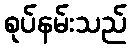
စုပ်နမ်းသည်